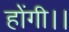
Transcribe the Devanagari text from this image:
होंगी।।